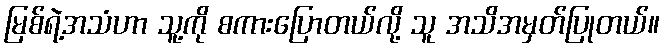
မြစ်ရဲ့အသံဟာ သူ့ကို စကားပြောတယ်လို့ သူ အသိအမှတ်ပြုတယ်။